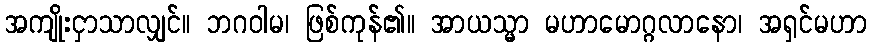
အကျိုးငှာသာလျှင်။ ဘဂဝါမ၊ ဖြစ်ကုန်၏။ အာယသ္မာ မဟာမောဂ္ဂလာနော၊ အရှင်မဟာ